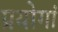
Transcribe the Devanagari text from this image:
प्रयोगां